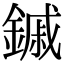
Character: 鏚